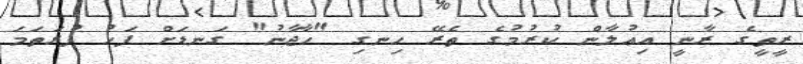
ރީތީގެ ރާނީ އިޢުލާން ކުރުމުގެ ތެރޭ ހިނގި "ހާޖާނު" ގަނޑަށް ފަހު ފުރަތަމަ